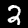
Label: 2